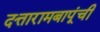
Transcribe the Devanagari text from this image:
दत्तारामबापूंची